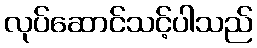
လုပ်ဆောင်သင့်ပါသည်